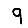
Digit: 9